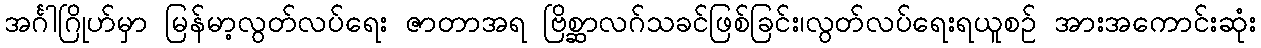
အင်္ဂါဂြိုဟ်မှာ မြန်မာ့လွတ်လပ်ရေး ဇာတာအရ ဗြိစ္ဆာလဂ်သခင်ဖြစ်ခြင်း၊လွတ်လပ်ရေးရယူစဉ် အားအကောင်းဆုံး